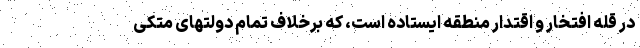
در قله افتخار و اقتدار منطقه ایستاده است، که برخلاف تمام دولتهای متکی